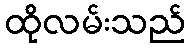
ထိုလမ်းသည်